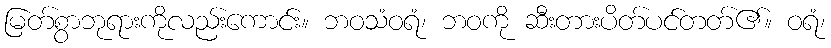
မြတ်စွာဘုရားကိုလည်းကောင်း။ ဘဝသံဝရံ၊ ဘဝကို ဆီးတားပိတ်ပင်တတ်၏။ ဝရံ၊